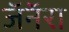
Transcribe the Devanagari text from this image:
जॅनॅरा